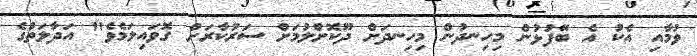
ވުމާއި އެކު އެ ބޭފުޅުން މިހިނދުން މިހިނދަށް ދޫކޮށްލުމަށް ސަރުކާރަށް ގޮވައިލަމެވެ" އަދާލަތުގެ